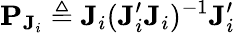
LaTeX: \mathbf{P}_{\mathbf{J}_{i}}\triangleq\mathbf{J}_{i}(\mathbf{J}_{i}^{\prime}\mathbf{J}_{i})^{-1}\mathbf{J}_{i}^{\prime}